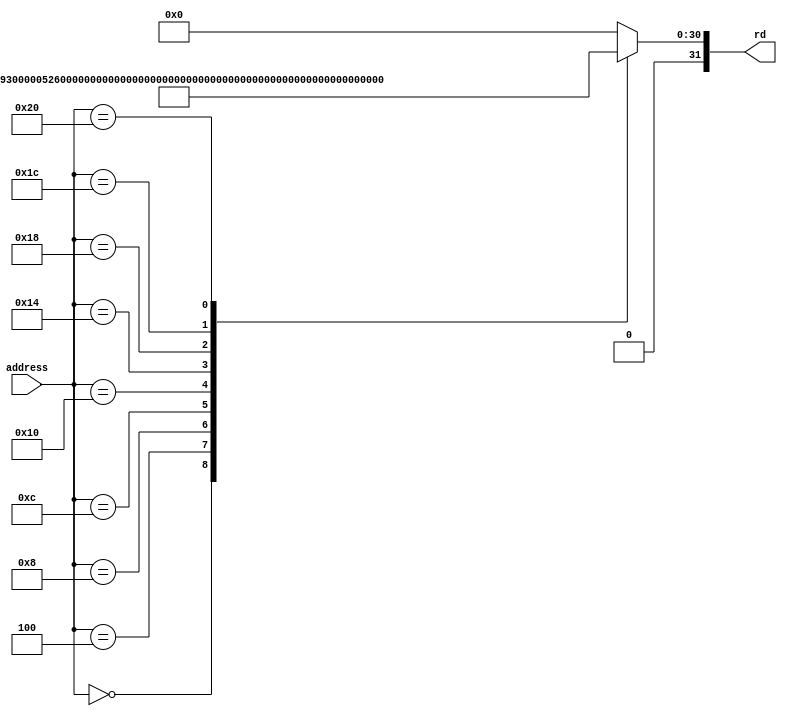
module InstructionMem
(
	input [7:0] address,
	output reg [31:0] rd
);
	always@*
	begin
		case(address)
			8'h00 : rd = 32'h00300193;
			8'h04 : rd = 32'h00000293;
			8'h08 : rd = 32'h00328223;
			8'h0c : rd = 32'h00428383;
          	8'h10 : rd = 32'h0033f133;
          	8'h14 : rd = 32'h00718663;
          	8'h18 : rd = 32'h0033f333;
          	8'h1c : rd = 32'h00000463;
          	8'h20 : rd = 32'h40338333;   
          
			default : rd = 32'b0;
		endcase
	end
endmodule